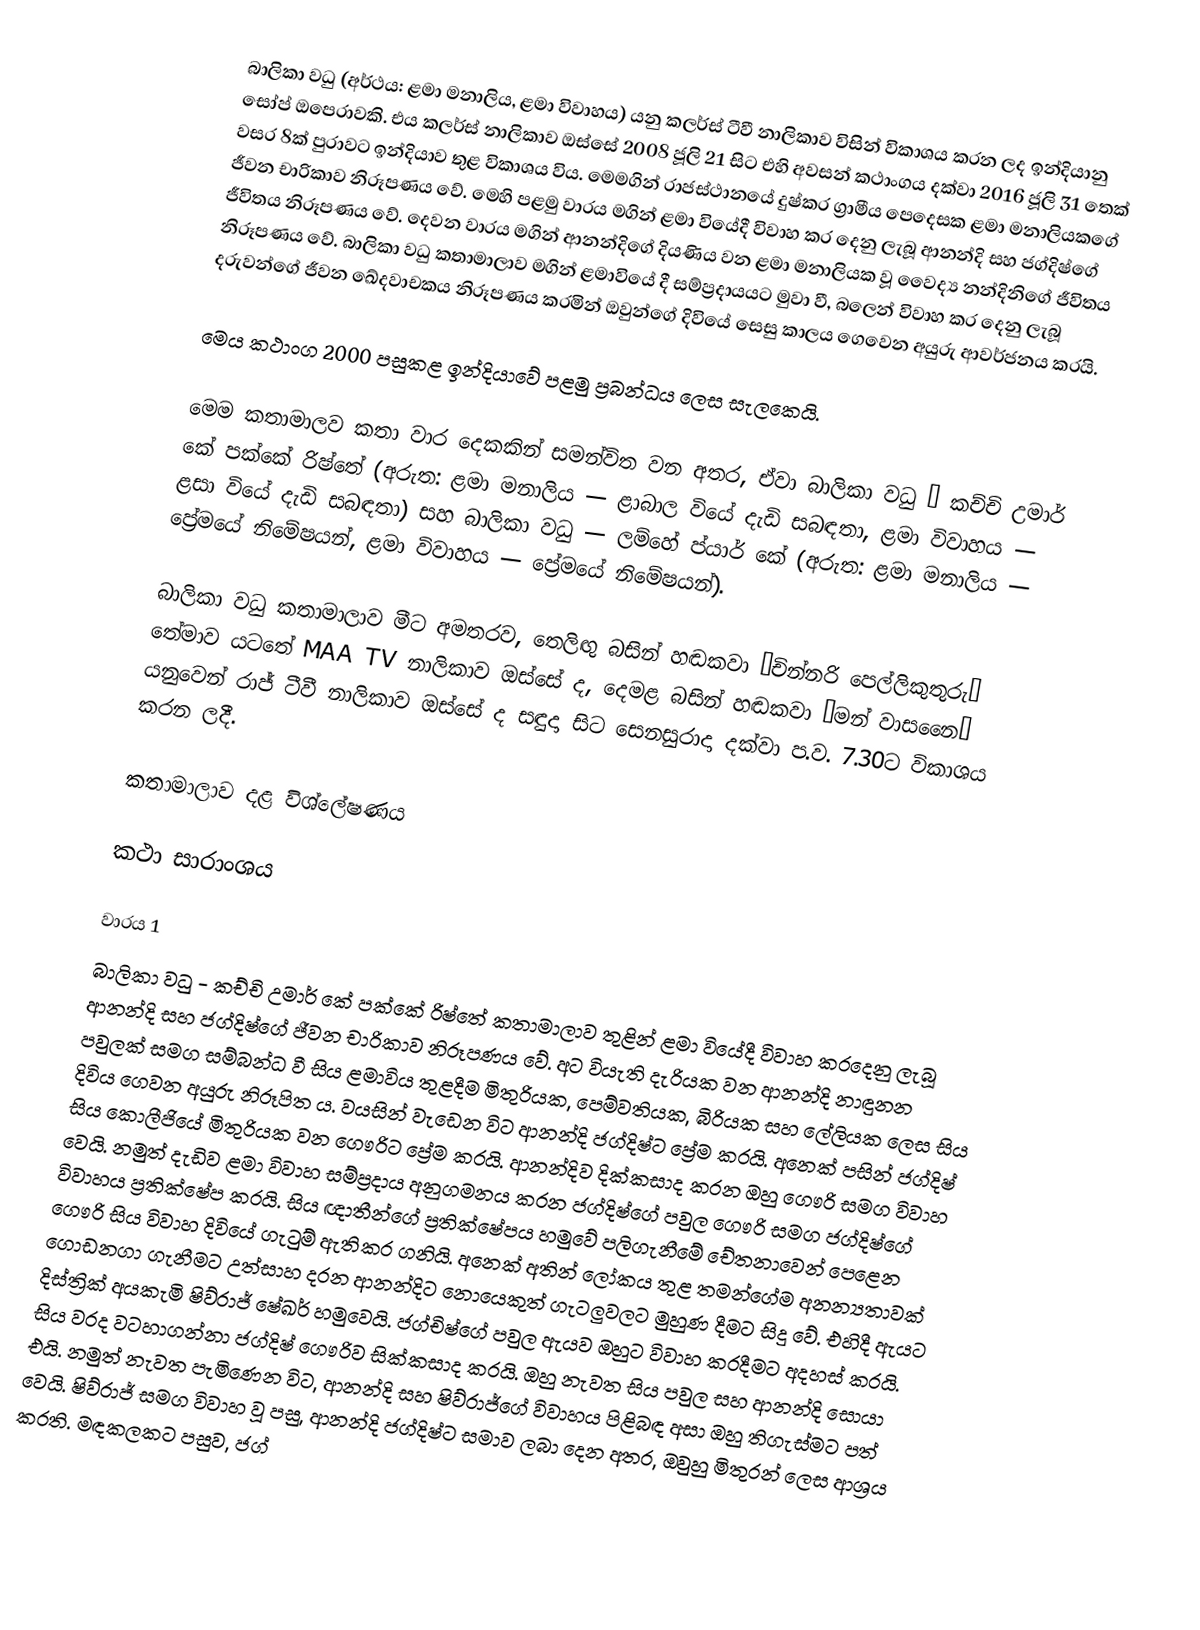
බාලිකා වධු (අර්ථය: ළමා මනාලිය, ළමා විවාහය) යනු කලර්ස් ටීවී නාලිකාව විසින් විකාශය කරන ලද ඉන්දියානු සෝප් ඔපෙරාවකි. එය කලර්ස් නාලිකාව ඔස්සේ 2008 ජූලි 21 සිට එහි අවසන් කථාංගය දක්වා 2016 ජූලි 31 තෙක් වසර 8ක් පුරාවට ඉන්දියාව තුළ විකාශය විය. මෙමගින් රාජස්ථානයේ දුෂ්කර ග්‍රාමීය පෙදෙසක ළමා මනාලියකගේ ජීවන චාරිකාව නිරූපණය වේ. මෙහි පළමු වාරය මගින් ළමා වියේදී විවාහ කර දෙනු ලැබූ ආනන්දි සහ ජග්දිෂ්ගේ ජීවිතය නිරූපණය වේ. දෙවන වාරය මගින් ආනන්දිගේ දියණිය වන ළමා මනාලියක වූ වෛද්‍ය නන්දිනිගේ ජීවිතය නිරූපණය වේ. බාලිකා වධු කතාමාලාව මගින් ළමාවියේ දී සම්ප්‍රදායයට මුවා වී, බලෙන් විවාහ කර දෙනු ලැබූ දරුවන්ගේ ජීවන ඛේදවාචකය නිරූපණය කරමින් ඔවුන්ගේ දිවියේ සෙසු කාලය ගෙවෙන අයුරු ආවර්ජනය කරයි. 

මෙය කථාංග 2000 පසුකළ ඉන්දියාවේ පළමු ප්‍රබන්ධය ලෙස සැලකෙයි.

මෙම කතාමාලව කතා වාර දෙකකින් සමන්විත වන අතර, ඒවා බාලිකා වධු – කච්චි උමාර් කේ පක්කේ රිෂ්තේ (අරුත: ළමා මනාලිය — ළාබාල වියේ දැඩි සබඳතා, ළමා විවාහය — ළසා වියේ දැඩි සබඳතා) සහ බාලිකා වධු — ලම්හේ ප්යාර් කේ  (අරුත: ළමා මනාලිය — ප්‍රේමයේ නිමේෂයන්, ළමා විවාහය — ප්‍රේමයේ නිමේෂයන්).

බාලිකා වධු කතාමාලාව මීට අමතරව, තෙලිඟු බසින් හඬකවා “චින්නරි පෙල්ලිකුතුරු” තේමාව යටතේ MAA TV නාලිකාව ඔස්සේ ද, දෙමළ බසින් හඬකවා “මන් වාසනෛ” යනුවෙන් රාජ් ටීවී නාලිකාව ඔස්සේ ද සඳුදා සිට සෙනසුරාදා දක්වා ප.ව. 7.30ට විකාශය කරන ලදී.

කතාමාලාව දළ විශ්ලේෂණය

කථා සාරාංශය

වාරය 1
බාලිකා වධු - කච්චි උමාර් කේ පක්කේ රිෂ්තේ කතාමාලාව තුළින් ළමා වියේදී විවාහ කරදෙනු ලැබූ ආනන්දි සහ ජග්දිෂ්ගේ ජීවන චාරිකාව නිරූපණය වේ. අට වියැති දැරියක වන ආනන්දි නාඳුනන පවුලක් සමග සම්බන්ධ වී සිය ළමාවිය තුළදීම මිතුරියක, පෙම්වතියක, බිරියක සහ ලේලියක ලෙස සිය දිවිය ‍ගෙවන අයුරු නිරූපිත ය. වයසින් වැඩෙන විට ආනන්දි ජග්දිෂ්ට ප්‍රේම කරයි. අනෙක් පසින් ජග්දිෂ් සිය කොලීජියේ මිතුරියක වන ගෞරිට ප්‍රේම කරයි. ආනන්දිව දික්කසාද කරන ඔහු ගෞරි සමග විවාහ වෙයි. නමුත් දැඩිව ළමා විවාහ සම්ප්‍රදාය අනුගමනය කරන ජග්දිෂ්ගේ පවුල ගෞරි සමග ජග්දිෂ්ගේ විවාහය ප්‍රතික්ෂේප කරයි. සිය ඥාතීන්ගේ ප්‍රතික්ෂේපය හමුවේ පලිගැනීමේ චේතනාවෙන් පෙළෙන ගෞරි සිය විවාහ දිවියේ ගැටුම් ඇතිකර ගනියි. අනෙක් අතින් ලෝකය තුළ තමන්ගේම අනන්‍යතාවක් ගොඩනගා ගැනීමට උත්සාහ දරන ආනන්දිට නොයෙකුත් ගැටලුවලට මුහුණ දීමට සිදු වේ. එහිදී ඇයට දිස්ත්‍රික් අයකැමි ෂිව්රාජ් ෂේඛර් හමුවෙයි. ජග්චිෂ්ගේ පවුල ඇයව ඔහුට විවාහ කරදීමට අදහස් කරයි. සිය වරද වටහාගන්නා ජග්දිෂ් ගෞරිව සික්කසාද කරයි. ඔහු නැවත සිය පවුල සහ ආනන්දි සොයා එයි. නමුත් නැවත පැමිණෙන විට, ආනන්දි සහ ෂිව්රාජ්ගේ විවාහය පිළිබඳ අසා ඔහු තිගැස්මට පත් වෙයි. ෂිව්රාජ් සමග විවාහ වූ පසු, ආනන්දි ජග්දිෂ්ට සමාව ලබා දෙන අතර, ඔවුහු මිතුරන් ලෙස ආශ්‍රය කරති. මඳකලකට පසුව, ජග්